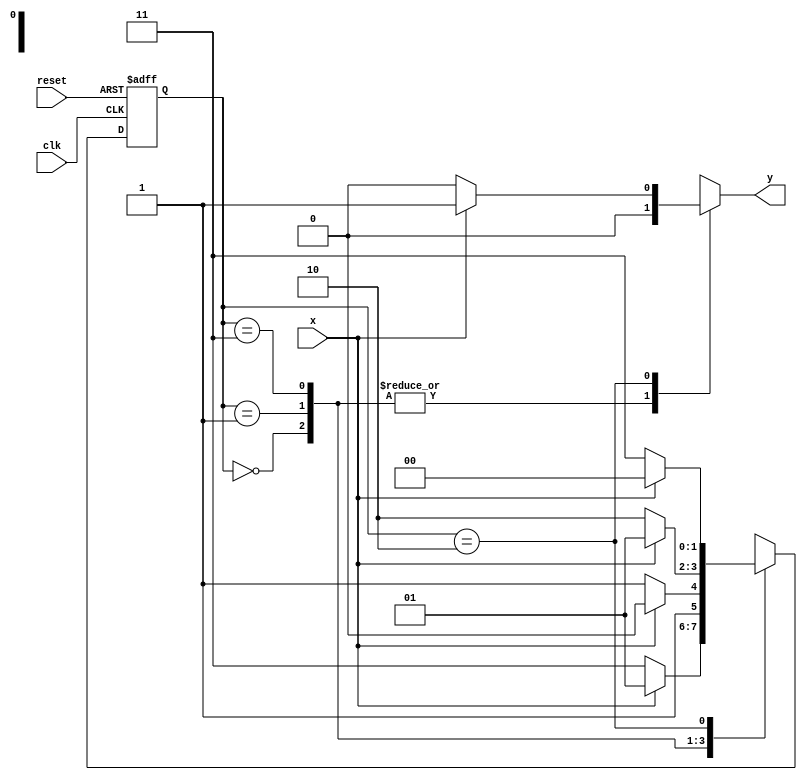
// ---------------------------------------- 
// Mealy000or111
// Nome: Alvaro Henrique de Araujo Rungue 
// ----------------------------------------

// -------------- 
// --- Mealy FSM 
// -------------- 
/* 
					Mealy FSM Diagram 
					__________________ 
				/							   \ 
			1 v    1	 	0		        1 | // found 
		[start] ---> [id1] --->   [id11] ---> [id110] 
		   ^ \0    0 |     1 / ^      0 | // not found
			\_/       /      \__/   	  |
		    \_______/					    / 
			  \                        / 
			   \______________________/ 
*/ 


//-- constant definitions 
`define found 1 
`define notfound 0 

//-- FSM by Mealy 

module mealy000or111 ( y, x, clk, reset ); 
output y; 
input x; 
input clk; 
input reset; 
reg y; 

parameter //-- state identifiers 

start = 2'b00, 
id1 = 2'b01, 
id11 = 2'b11, 
id110 = 2'b10,
id010 = 2'b10;

reg [1:0] E1; //-- current state variables 
reg [1:0] E2; //-- next state logic output 

//-- next state logic 

always @( x or E1 ) 

begin 
	y = `notfound; 

case ( E1 ) 

start: 

if ( x ) 
	E2 = id1; //-- Achou 1
else 
	E2 = id11; //-- Achou 0


//-- Estado que vem 1 e acha 1	
id1: 

if ( x ) 
	E2 = id110; //-- Achou 1 ate aqui, 11 manda para o final
else 
	E2 = id11; //-- Achou 0 ate aqui 0


//-- Estado que vem 0 e acha 0
id11: 

if ( x ) 
	E2 = id1; //-- Achou 1 ate aqui 1
else 
	E2 = id010; //-- Achou 0 ate aqui 00 , manda00 final


//--Estado final 111
id110: 

if ( x ) 

begin 
	E2 = start; 
	y = `found; //--achou  1 ate aqui 1
end 
//-- Caso  seja 0 volta no comeco
else 
	begin 
	E2 = id11; 
	y = `notfound; 
end 

//--Estado final 000
id010: 

if ( x ) 

begin 
	E2 = id1; 
	y = `notfound; //--achou  1 ate aqui 1
end 
//-- Caso  seja 1 volta no comeco
else 
	begin 
	E2 = start; 
	y = `found; 
end 

default: //-- undefined state 

E2 = 2'bxx; 

endcase 

end //-- always at signal or state changing 
//-- state variables 

always @( posedge clk or negedge reset ) 

	begin 
if ( reset ) 
	E1 = E2; //-- updates current state 
else 
	E1 = 0; //-- reset 
	end // always at signal changing 

endmodule //-- mealy000or111